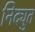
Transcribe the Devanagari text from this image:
निद्युत